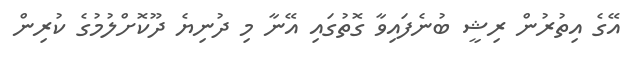
އޭގެ އިތުރުން ރިޝީ ބުނެފައިވާ ގޮތުގައި އޭނާ މި ދުނިޔެ ދޫކޮށްލުމުގެ ކުރިން